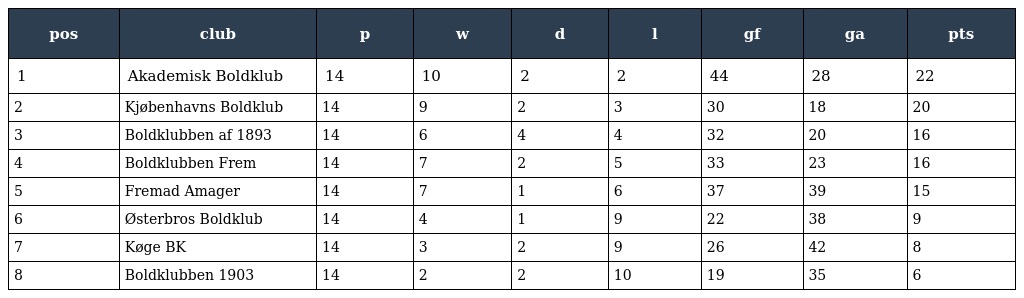
| pos | club | p | w | d | l | gf | ga | pts |
 | --- | --- | --- | --- | --- | --- | --- | --- | --- |
 | 1 | Akademisk Boldklub | 14 | 10 | 2 | 2 | 44 | 28 | 22 |
 | 2 | Kjøbenhavns Boldklub | 14 | 9 | 2 | 3 | 30 | 18 | 20 |
 | 3 | Boldklubben af 1893 | 14 | 6 | 4 | 4 | 32 | 20 | 16 |
 | 4 | Boldklubben Frem | 14 | 7 | 2 | 5 | 33 | 23 | 16 |
 | 5 | Fremad Amager | 14 | 7 | 1 | 6 | 37 | 39 | 15 |
 | 6 | Østerbros Boldklub | 14 | 4 | 1 | 9 | 22 | 38 | 9 |
 | 7 | Køge BK | 14 | 3 | 2 | 9 | 26 | 42 | 8 |
 | 8 | Boldklubben 1903 | 14 | 2 | 2 | 10 | 19 | 35 | 6 |